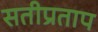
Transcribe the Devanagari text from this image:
सतीप्रताप